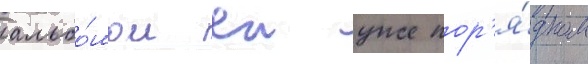
альбо́мом еи уже пор'я́дком